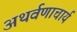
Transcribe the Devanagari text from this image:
अथर्वणाचार्य